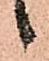
候